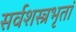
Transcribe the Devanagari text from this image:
सर्वशस्त्रभृतां